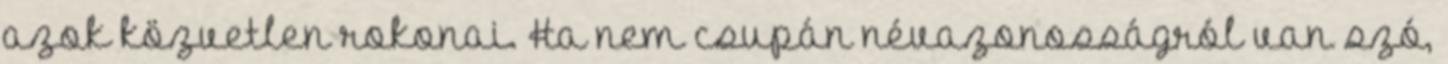
azok közvetlen rokonai. Ha nem csupán névazonosságról van szó,